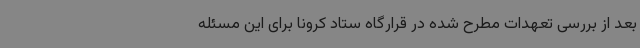
بعد از بررسی تعهدات مطرح شده در قرارگاه ستاد کرونا برای این مسئله